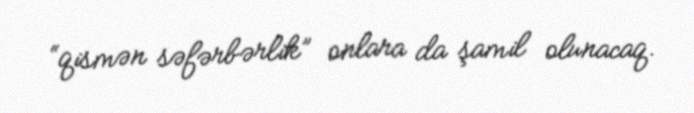
“qismən səfərbərlik” onlara da şamil olunacaq.